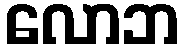
လောဘ